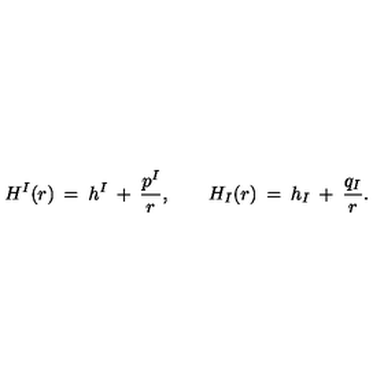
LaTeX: H ^ { I } ( r ) \: = \: h ^ { I } \: + \: \frac { p ^ { I } } { r } , \qquad H _ { I } ( r ) \: = \: h _ { I } \: + \: \frac { q _ { I } } { r } .